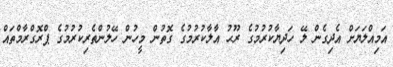
އަމިއްލަޔަށް އެދިގެން ލޭ ހަދިޔާކުރުމުގެ ރޫޙު އާލާކުރުމުގެ ގޮތުން މީހުން ހޭލުންތެރިކުރުމުގެ ޕްރޮގްރާމްތައް